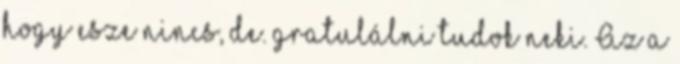
hogy esze nincs, de. gratulálni tudok neki. Az a